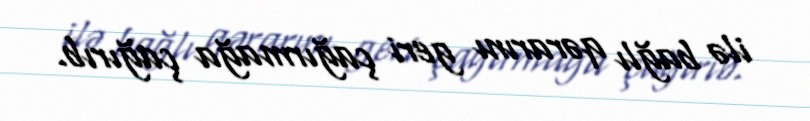
ilə bağlı qərarını geri çağırmağa çağırıb.